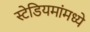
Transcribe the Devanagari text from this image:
स्टेडियमांमध्ये